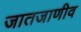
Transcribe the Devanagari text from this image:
जातजाणीव